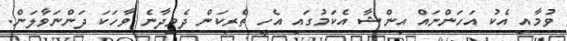
ވުމާއި އެކު އަހަންނައް އިންޝާ އެކަމުގައި އެހީ ތެރިކަން ދެވިދާނެ ވާހަކަ ދަންނަވާލަން.